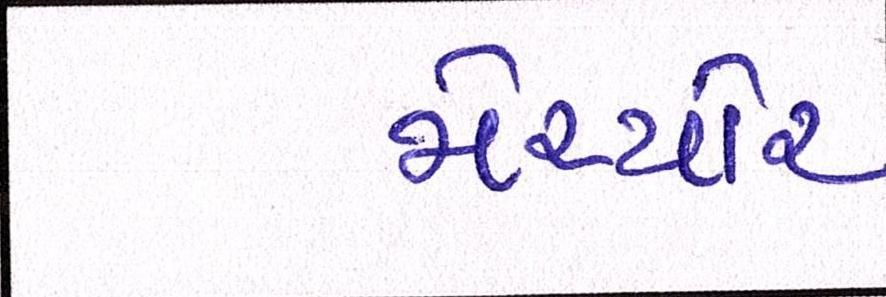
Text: મેચ્યોર